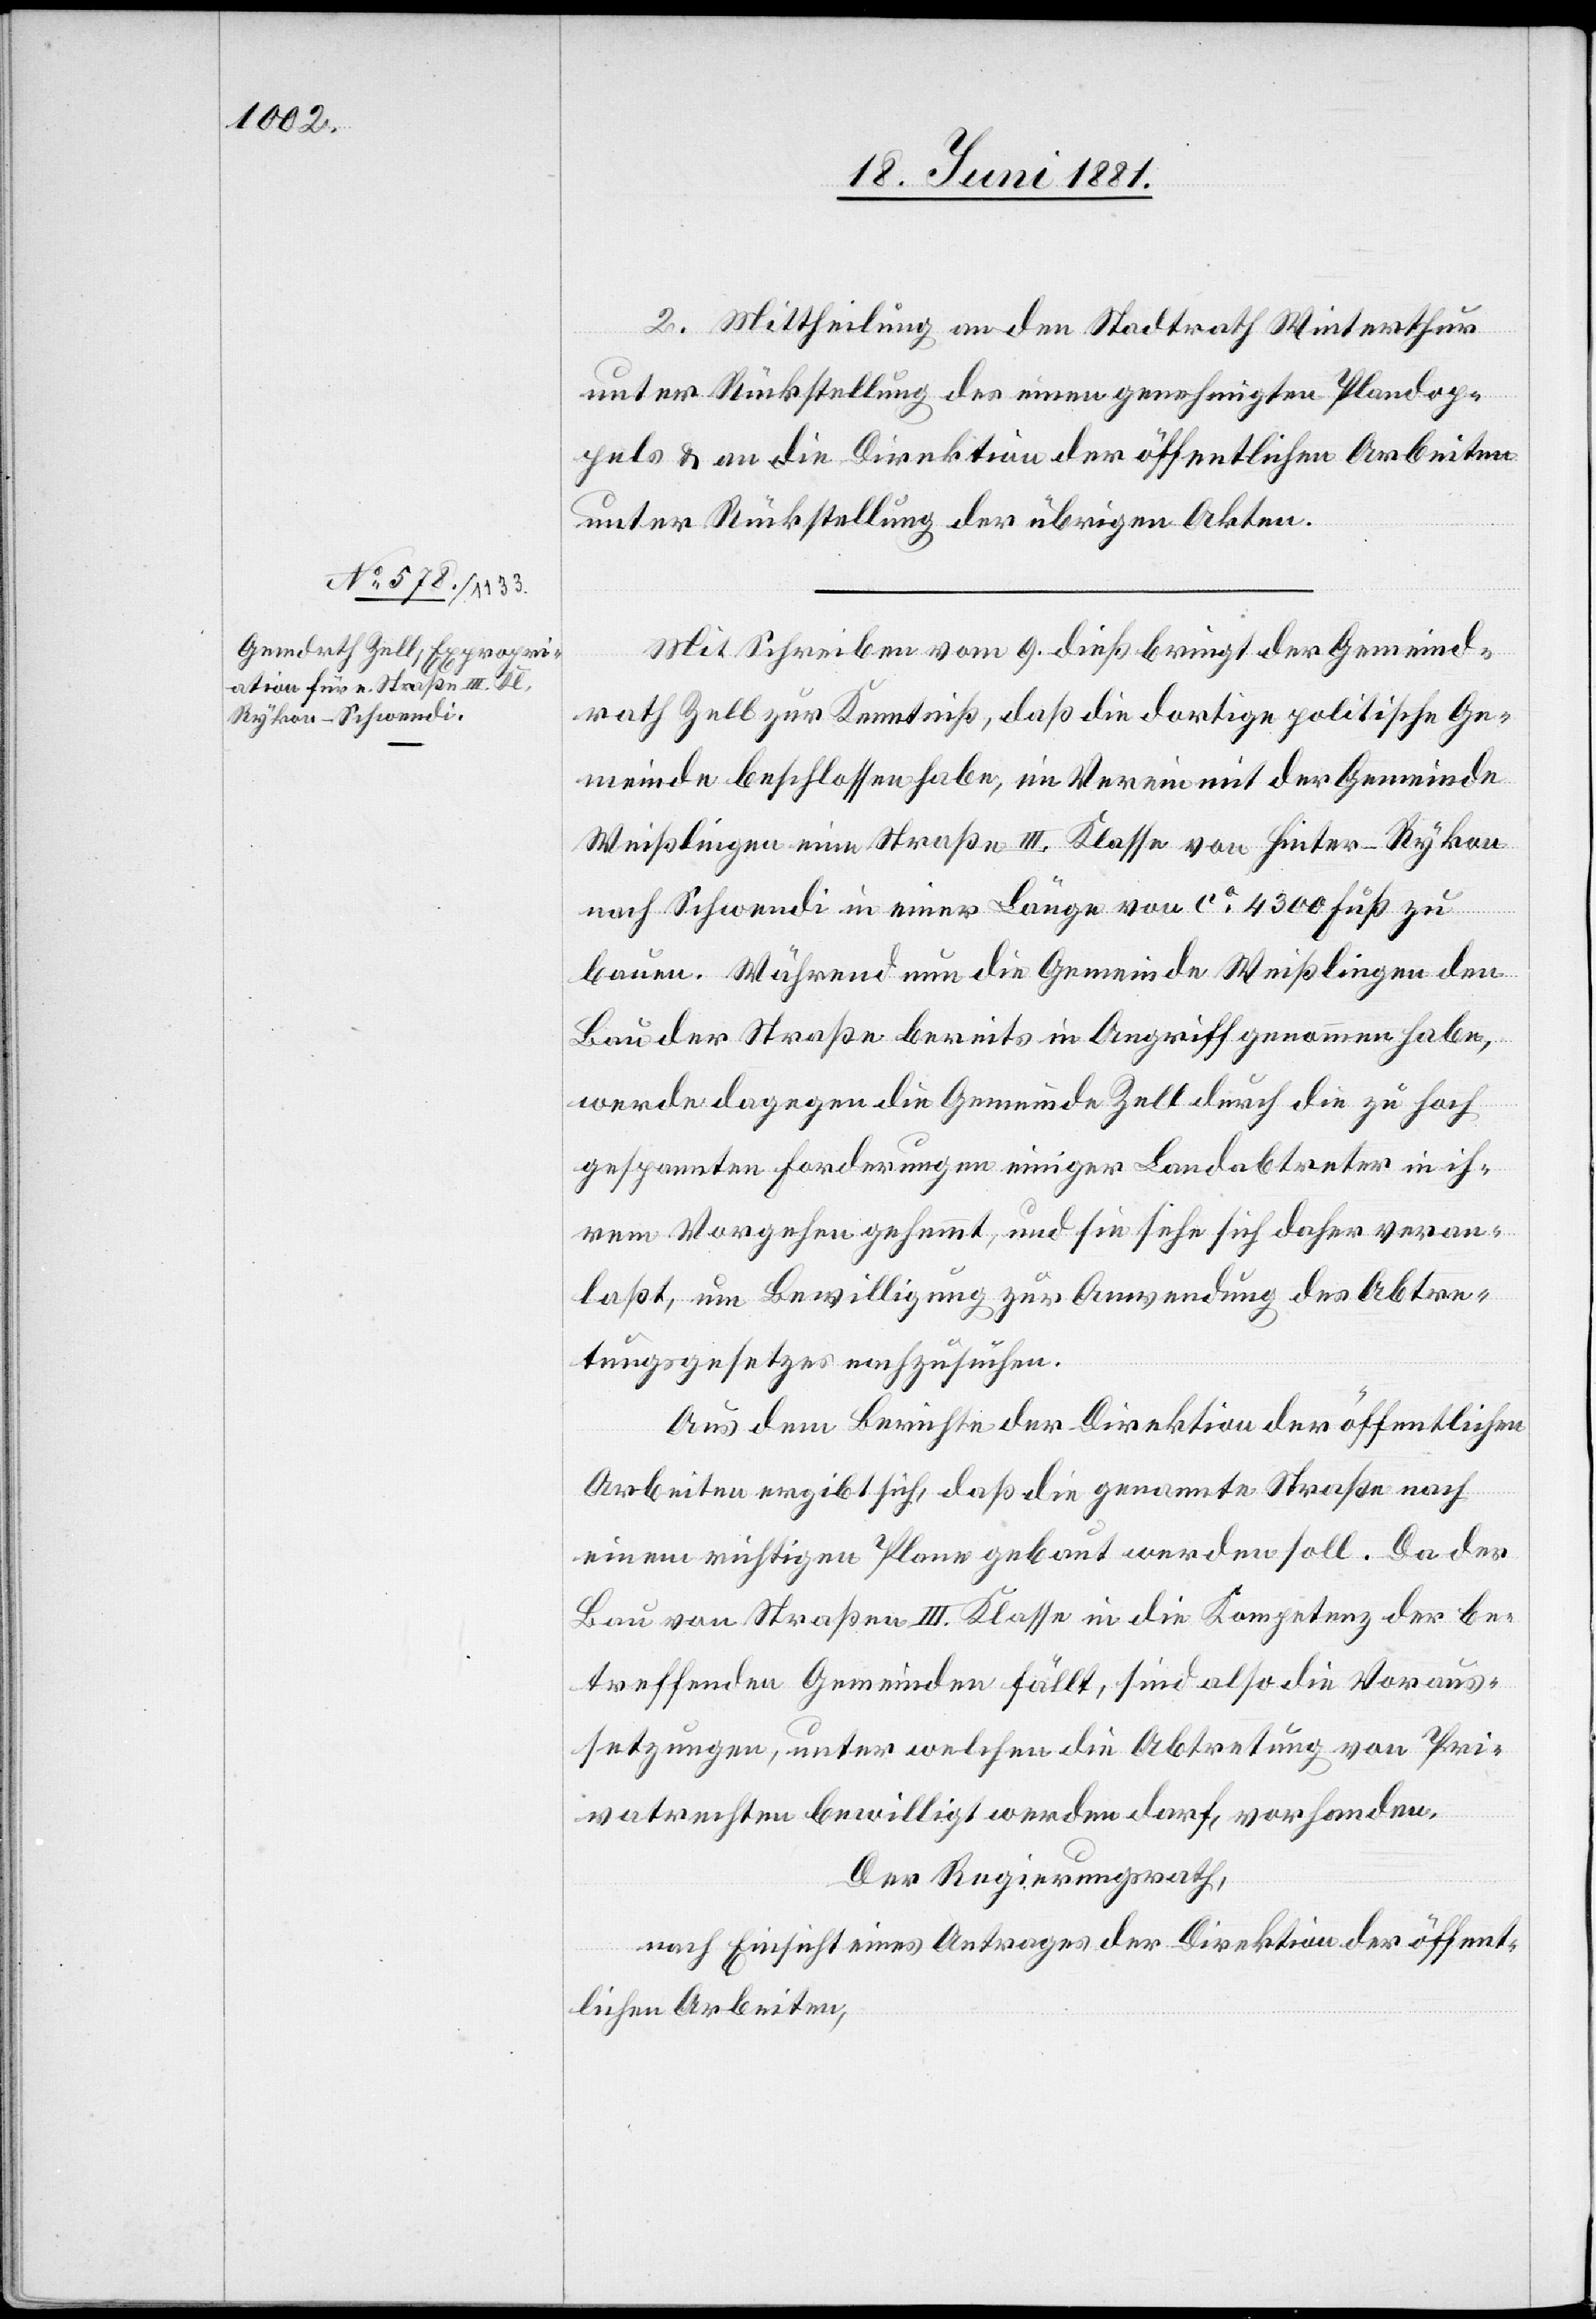
2. Mittheilung an den Stadtrath Winterthur
unter Rückstellung des einen genehmigten Plandop¬
pels & an die Direktion der öffentlichen Arbeiten
unter Rückstellung der übrigen Akten.
Mit Schreiben vom 9. dieß bringt der Gemeind¬
rath Zell zur Kenntniß, daß die dortige politische Ge¬
meinde beschlossen habe, im Verein mit der Gemeinde
Weißlingen eine Straße III. Klasse von Hinter-Rykon
nach Schwendi in einer Länge von ca 4300 Fuß zu
bauen. Während nun die Gemeinde Weißlingen den
Bau der Straße bereits in Angriff genommen habe,
werde dagegen die Gemeinde Zell durch die zu hoch
gespannten Forderungen einiger Landabtreter in ih¬
rem Vorgehen gehemmt, und sie siehe sich daher veran¬
laßt, um Bewilligung zur Anwendung des Abtre¬
tungsgesetzes nachzusuchen.
Aus dem Berichte der Direktion der öffentlichen
Arbeiten ergibt sich, daß die genannte Straße nach
einem richtigen Plane gebaut werden soll. Da der
Bau von Straßen III. Klasse in die Kompetenz der be¬
treffenden Gemeinden fällt, sind also die Voraus¬
setzungen, unter welchen die Abtretungen von Pri¬
vatrechten bewilligt werden darf, vorhanden.
Der Regierungsrath,
nach Einsicht eines Antrages der Direktion der öffent¬
lichen Arbeiten,